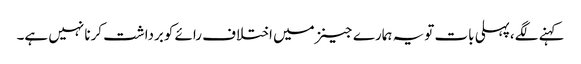
کہنے لگے،پہلی بات تویہ ہمارے جینزمیں اختلاف رائے کوبرداشت کرنا نہیں ہے۔